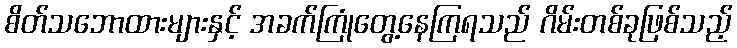
စိတ်သဘောထားများနှင့် အခက်ကြုံတွေ့နေကြရသည် ဂိမ်းတစ်ခုဖြစ်သည့်